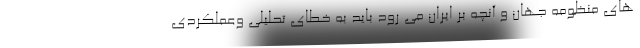
های منظومه جهان و آنچه بر ایران می رود باید به خطای تحلیلی وعملکردی